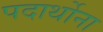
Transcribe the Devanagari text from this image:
पदार्थोना